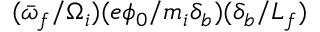
( \bar { \omega } _ { f } / \Omega _ { i } ) ( e \phi _ { 0 } / m _ { i } \delta _ { b } ) ( \delta _ { b } / L _ { f } )